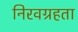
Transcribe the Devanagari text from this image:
निरवग्रहता